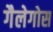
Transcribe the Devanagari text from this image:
गैलेगोस